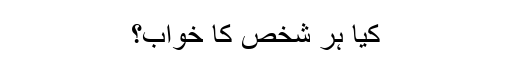
کیا ہر شخص کا خواب؟